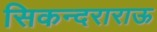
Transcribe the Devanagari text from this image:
सिकन्‍दराराऊ